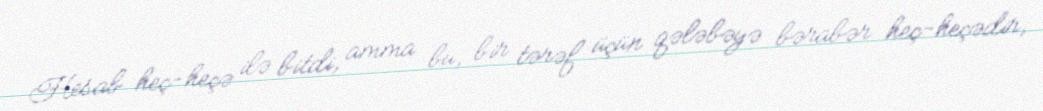
Hesab heç-heçə ilə bitdi, amma bu, bir tərəf üçün qələbəyə bərabər heç-heçədir,